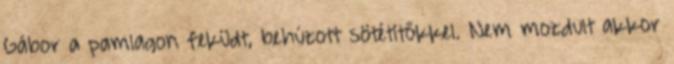
Gábor a pamlagon feküdt, behúzott sötétítőkkel. Nem mozdult akkor